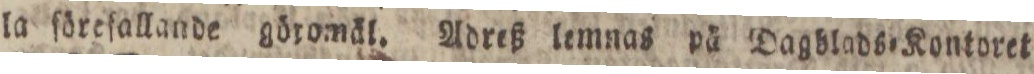
la föreſallande göromäl. Adreß lemnas på Dagblads=Kontoret